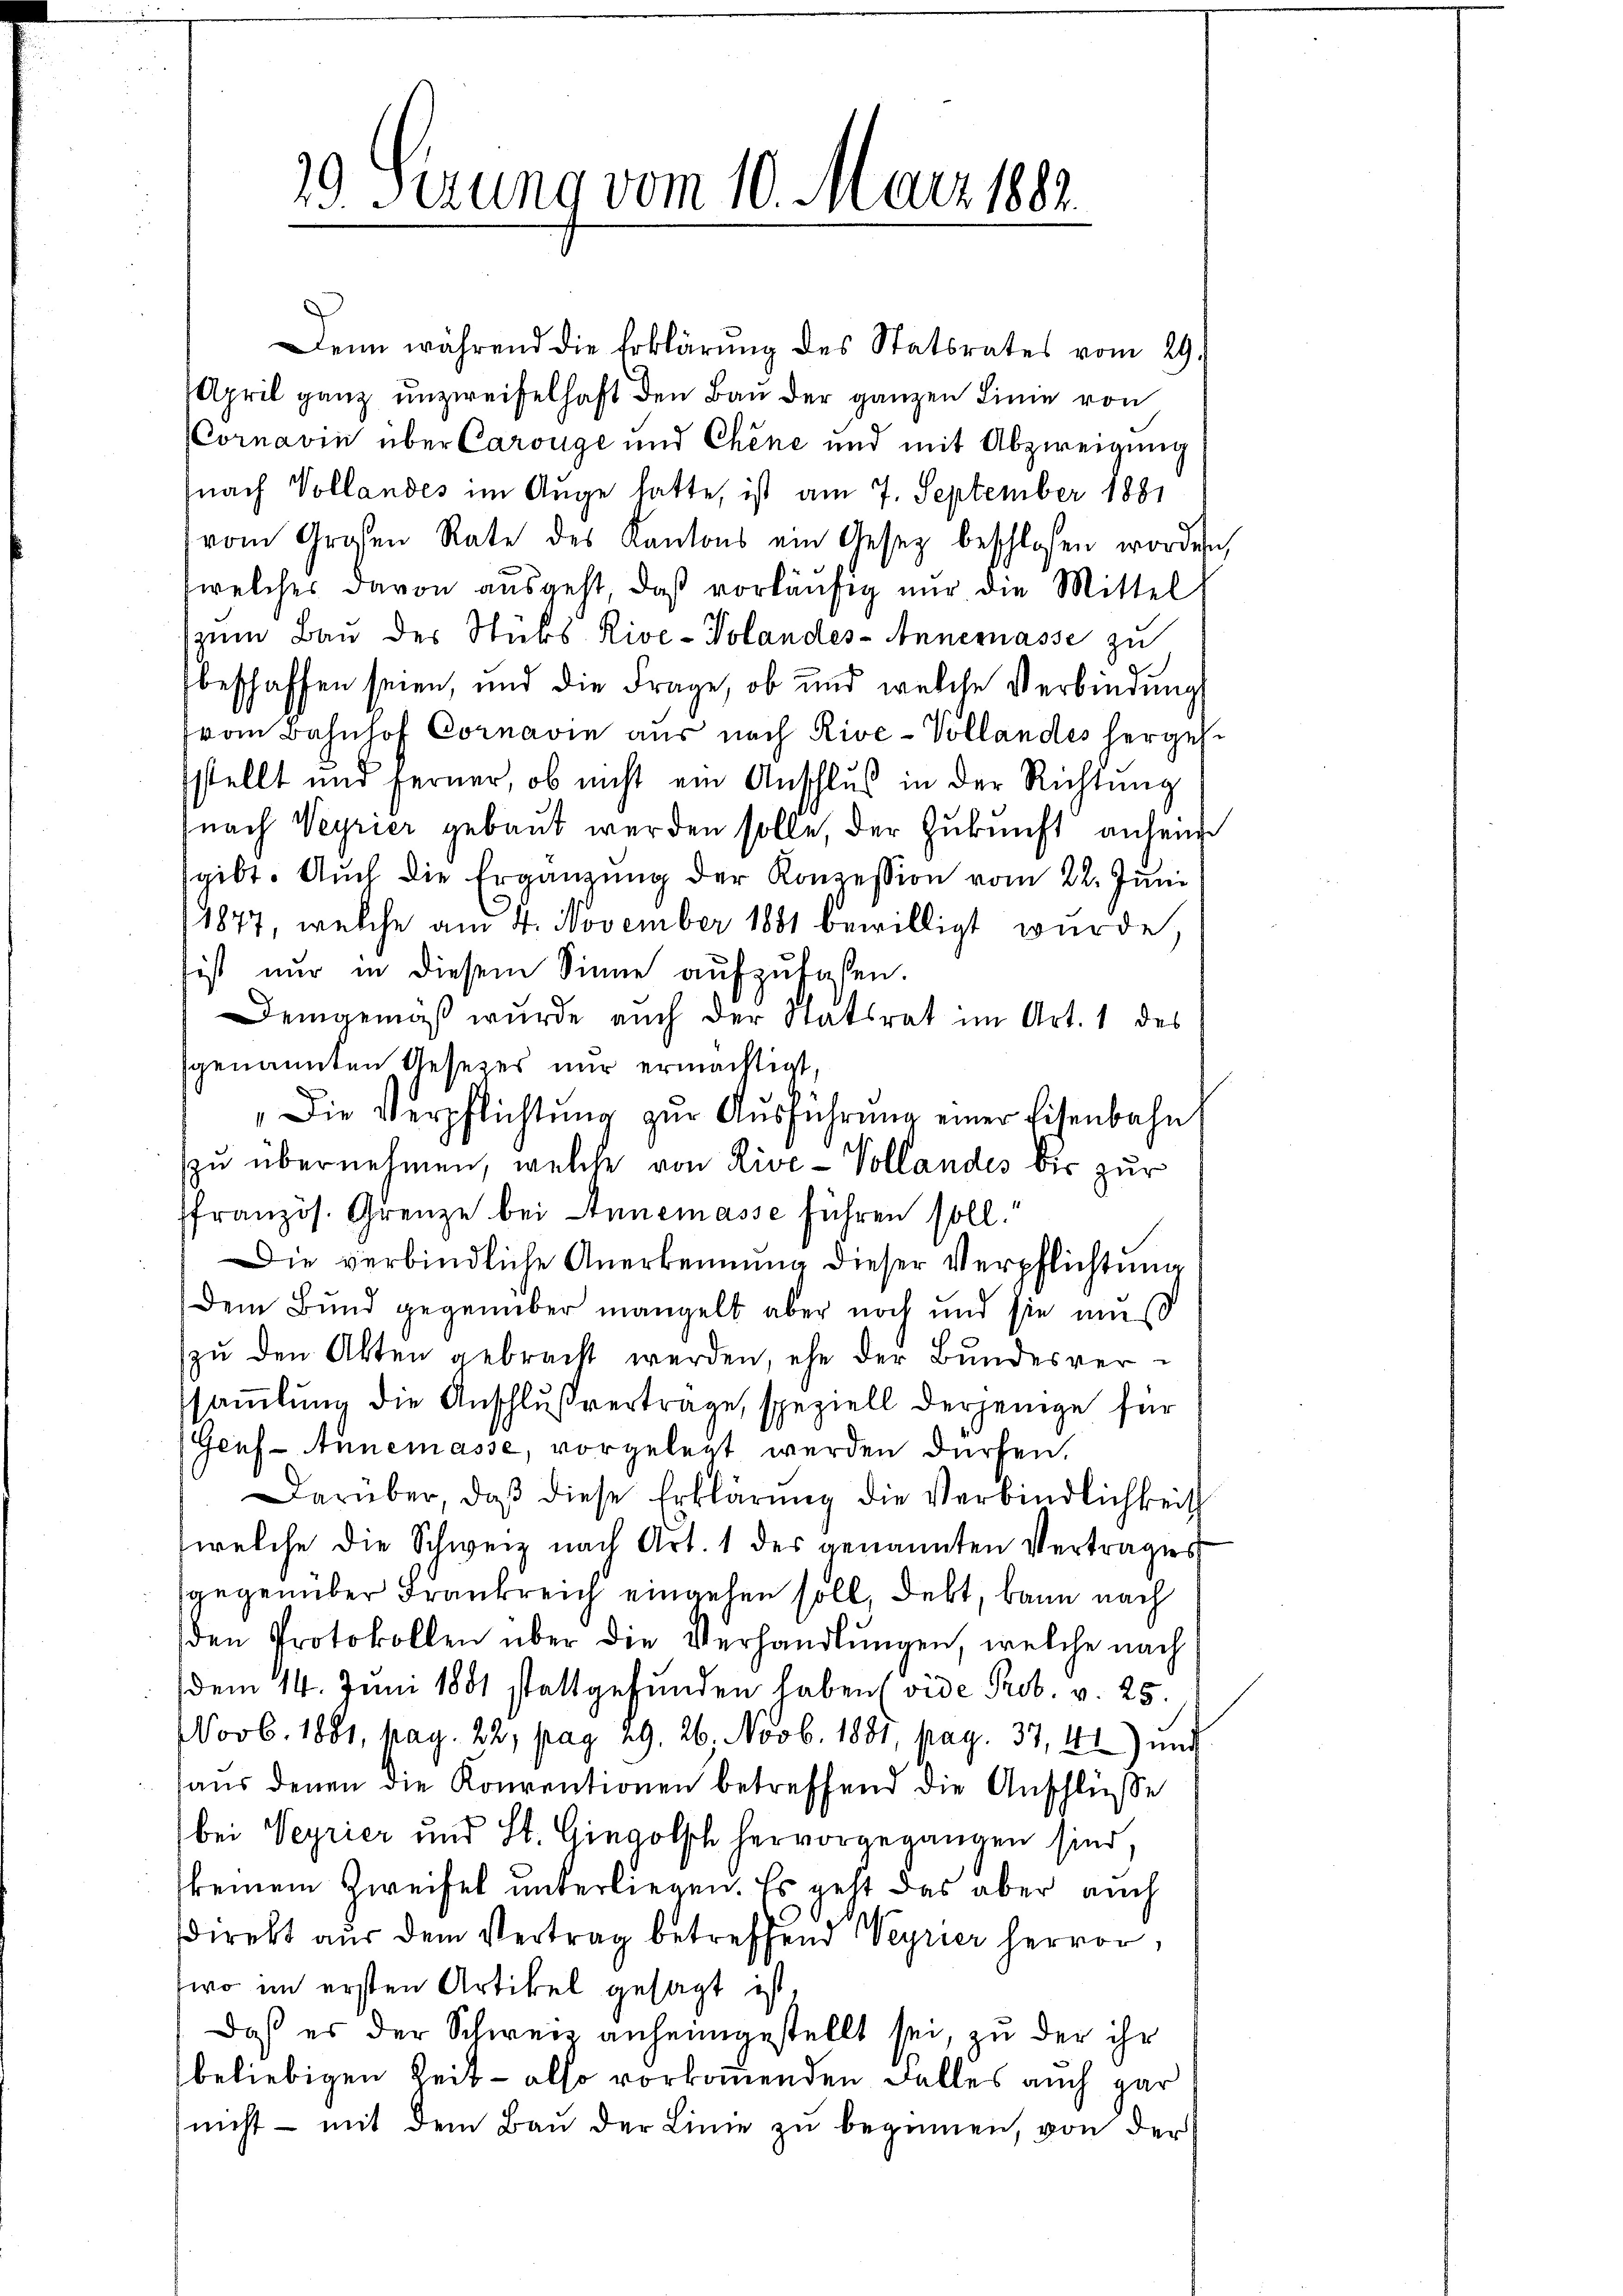
19. Serung vom 10. März 1882.
e

Denn während die Erklärŭng des Statsrates vom 29.
April ganz unzweifelhaft den Bau der ganzen Linie von
Cornavin über Carouge und Chene und mit Abzweigung
nach Vollandes im Auge hatte, ist am 7. September 1881
vom Großen Rate des Kantons ein Gesetz beschlossen worden,
welches davon ausgeht, daß vorläŭfig nur die Mittel
zum Bau der Stubs Rive-Volandes- Annemasse zu
beschaffen seien, und die Frage, ob und welche Verbindung
vom Bahnhof Cornavin aus nach Rive-Vollandes hergehe
stellt und ferner, ob nicht ein Anschluß in der Richtung
nach Veyrier gebaut werden solle, der Zukunft anhein
gibt. Auch die Ergänzŭng der Konzession vom 22. Juni
1877, welche am 4. November 1881 bewilligt wurde
ist nur in diesem Sinne aufzufaßen.
Demgemäß wurde auch der Stätsrat im Art. 1 des
genannten Gesezes nur ermächtigt,
Die Verpflichtŭng zŭr Aŭsführung einer Eisenbahn,
zu übernehmen, welche von Rive-Vollandes bis zur
ffranzös. Grenze bei Annemasse führen soll.“
Die verbindliche Anerkennung dieser Verpflichtung
Dem Bund gegenüber mangelt aber noch und sie muß
zu den Akten gebracht werden, ehe der Bundesverssammlung die Anschlußvertrage, speziell derjenige für
(Genf - Annemasse, vorgelegt werden dürfen.
Darüber, daß diese Erklärung die Verbindlichkeit
welche die Schweiz nach Art. 1 des genannten Vertrages
sgegenüber Frankreich eingehen soll, debt, kann nach
den Protokollen über die Verhandlŭngen, welche nach
dem 14. Juni 1881 stattgefunden haben (vide Prob. v. 25.
Novb. 1881, pag. 22, pag. 29. 26. Novb. 1881, pag. 37, 44) und
aŭs denen die Konventionen betreffend die Anschlüsse
bei Veyrier und St. Gingolsch hervorgegangen sind,
keinem Zweifel unterliegen. Es geht das aber auch
direkt aus dem Vertrag betreffend Veyrier hervor,
wo im ersten Artikel gesagt ist.
Daß es der Schweis anheimgestellt sei, zu der ihr
beliebigen Zeit - also vorkommenden Falles auch gar
nicht mit dem Bau der Linie zu beginnen, von der